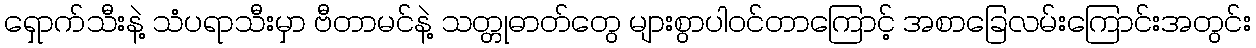
ရှောက်သီးနဲ့ သံပရာသီးမှာ ဗီတာမင်နဲ့ သတ္တုဓာတ်တွေ များစွာပါဝင်တာကြောင့် အစာခြေလမ်းကြောင်းအတွင်း